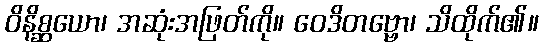
ဝိနိစ္ဆယော၊ အဆုံးအဖြတ်ကို။ ဝေဒိတဗ္ဗော၊ သိထိုက်၏။